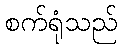
စက်ရုံသည်